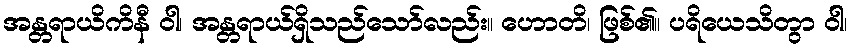
အန္တရာယိကိနီ ဝါ၊ အန္တရာယ်ရှိသည်သော်လည်း။ ဟောတိ၊ ဖြစ်၏။ ပရိယေသိတွာ ဝါ၊